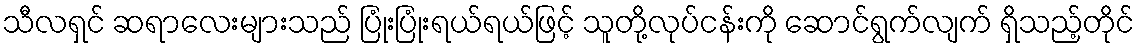
သီလရှင် ဆရာလေးများသည် ပြုံးပြုံးရယ်ရယ်ဖြင့် သူတို့လုပ်ငန်းကို ဆောင်ရွက်လျက် ရှိသည့်တိုင်